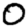
Digit: 0